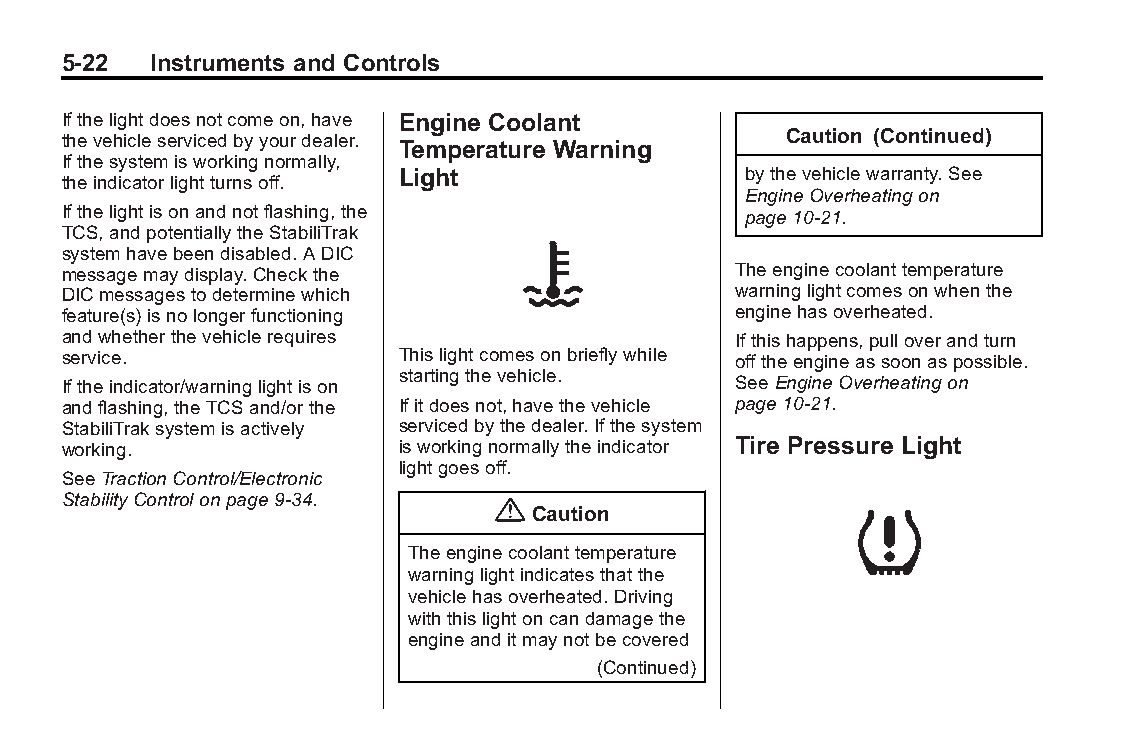
Buick LaCrosse Owner Manual (GMNA-Localizing-U.S./Canada/Mexico- Blackplate(22,1)
 6043609)-2014-2ndEdition-10/17/13
 5-22  Instruments and Controls
 Ifthelightdoesnotcomeon,have Engine Coolant
 thevehicleservicedbyyourdealer.                 Caution (Continued)
 Temperature Warning
 Ifthesystemisworkingnormally,
 Light                  bythevehiclewarranty.See
 theindicatorlightturnsoff.
 EngineOverheatingon
 Ifthelightisonandnotflashing,the             page10-21.
 TCS,andpotentiallytheStabiliTrak
 systemhavebeendisabled.ADIC
 messagemaydisplay.Checkthe                  Theenginecoolanttemperature
 DICmessagestodeterminewhich                 warninglightcomesonwhenthe
 feature(s)isnolongerfunctioning             enginehasoverheated.
 andwhetherthevehiclerequires                Ifthishappens,pulloverandturn
 service.              Thislightcomesonbrieflywhile offtheengineassoonaspossible.
 startingthevehicle.
 Iftheindicator/warninglightison             SeeEngineOverheatingon
 andflashing,theTCSand/orthe Ifitdoesnot,havethevehicle page10-21.
 StabiliTraksystemisactively servicedbythedealer.Ifthesystem
 working.              isworkingnormallytheindicator Tire Pressure Light
 lightgoesoff.
 SeeTractionControl/Electronic
 StabilityControlonpage9-34. {
 Caution
 Theenginecoolanttemperature
 warninglightindicatesthatthe
 vehiclehasoverheated.Driving
 withthislightoncandamagethe
 engineanditmaynotbecovered
 (Continued)